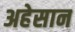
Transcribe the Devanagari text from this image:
अहेसान